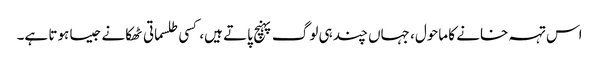
اس تہہ خانے کا ماحول، جہاں چند ہی لوگ پہنچ پاتے ہیں، کسی طلسماتی ٹھکانے جیسا ہوتا ہے۔